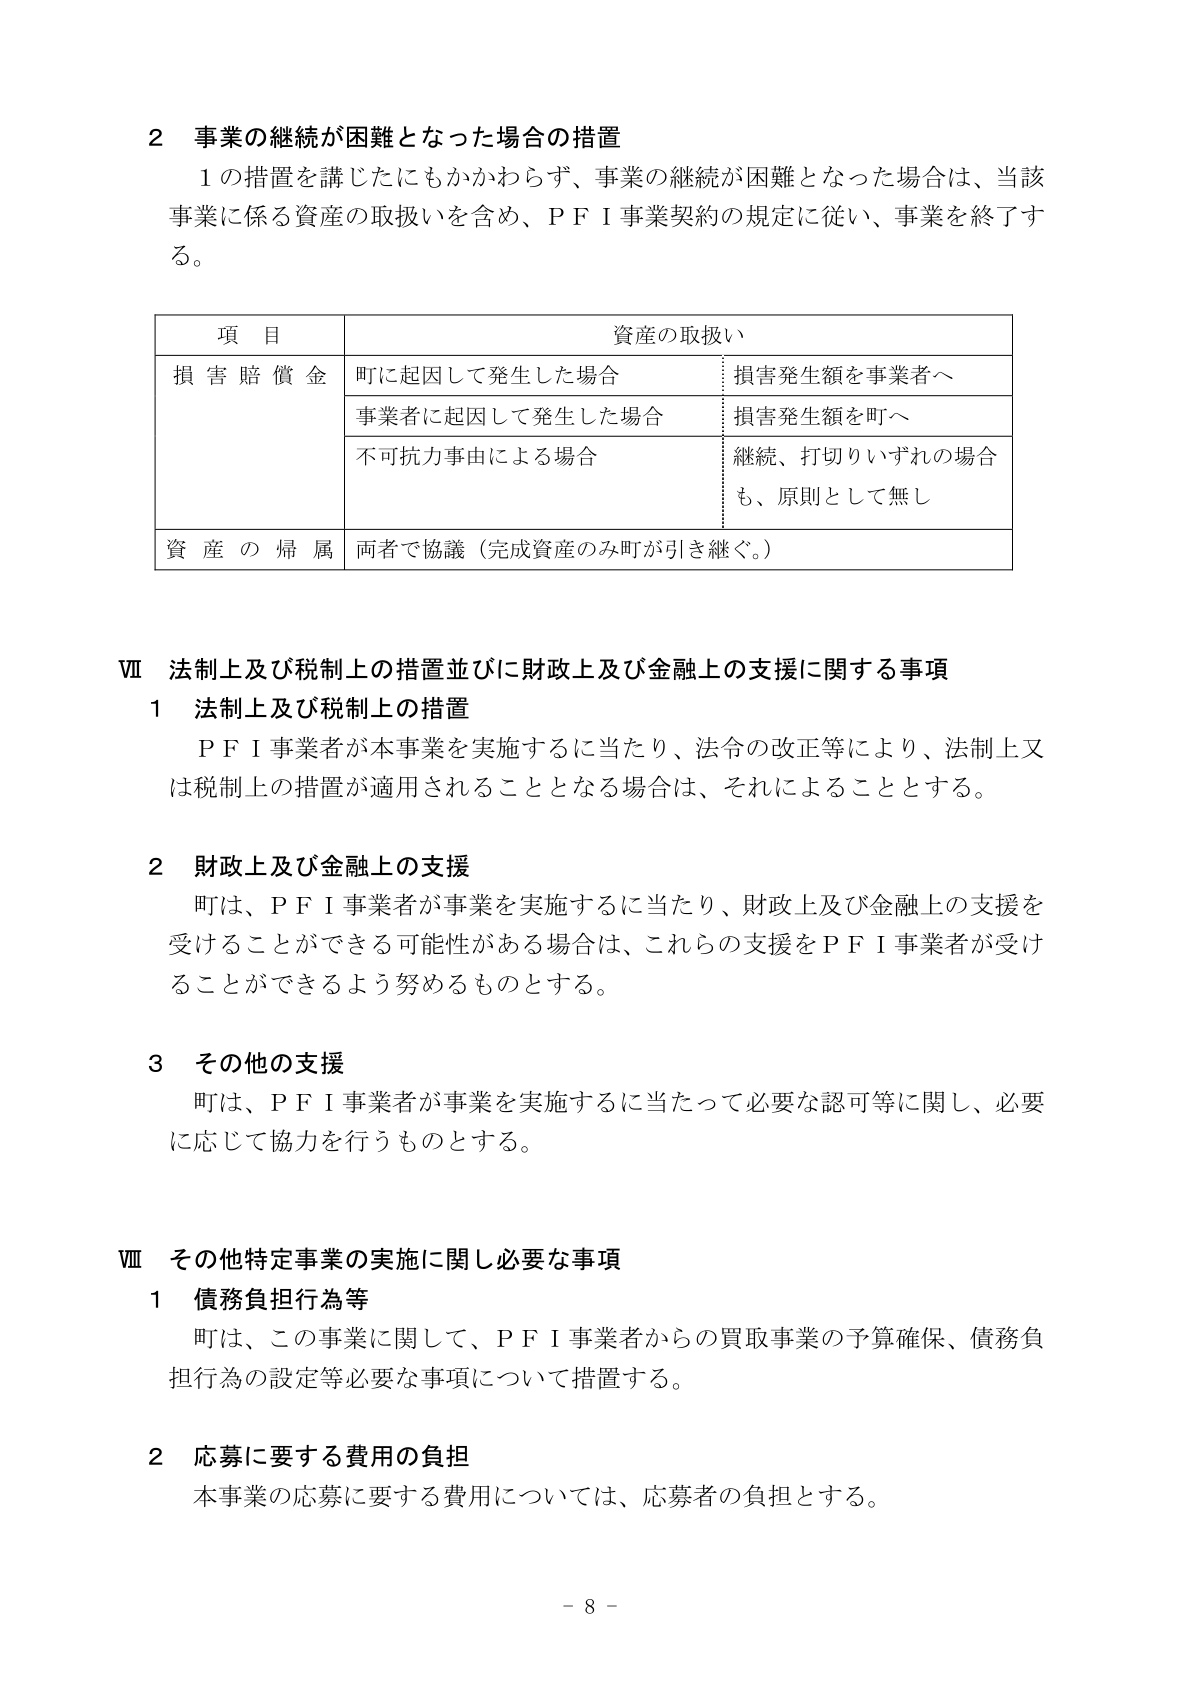
2 事業の継続が困難となった場合の措置
1の措置を講じたにもかかわらず、事業の継続が困難となった場合は、当該事業に係る資産の取扱いを含め、ＰＦＩ事業契約の規定に従い、事業を終了する。

| 項目 | 資産の取扱い |
|------|--------------|
| 損害賠償金 | 町に起因して発生した場合 | 損害発生額を事業者へ |
| | 事業者に起因して発生した場合 | 損害発生額を町へ |
| | 不可抗力事由による場合 | 継続、打切りいずれの場合も、原則として無し |
| 資産の帰属 | 両者で協議（完成資産のみ町が引き継ぐ。） |

Ⅶ 法制上及び税制上の措置並びに財政上及び金融上の支援に関する事項
1 法制上及び税制上の措置
ＰＦＩ事業者が本事業を実施するに当たり、法令の改正等により、法制上又は税制上の措置が適用されることとなる場合は、それによることとする。

2 財政上及び金融上の支援
町は、ＰＦＩ事業者が事業を実施するに当たり、財政上及び金融上の支援を受けることができる可能性がある場合は、これらの支援をＰＦＩ事業者が受けることができるよう努めるものとする。

3 その他の支援
町は、ＰＦＩ事業者が事業を実施するに当たって必要な認可等に関し、必要に応じて協力を行うものとする。

Ⅷ その他特定事業の実施に関し必要な事項
1 債務負担行為等
町は、この事業に関して、ＰＦＩ事業者からの買取事業の予算確保、債務負担行為の設定等必要な事項について措置する。

2 応募に要する費用の負担
本事業の応募に要する費用については、応募者の負担とする。

- 8 -